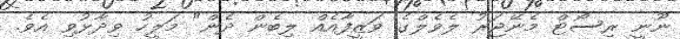
ނޫނީ ރިސޯޓް މެނޭޖަރު ލެވެލްގެ ވަޒީފާއެއް ލިބެން ދެން" މަލީހު ވިދާޅުވި އެވެ.